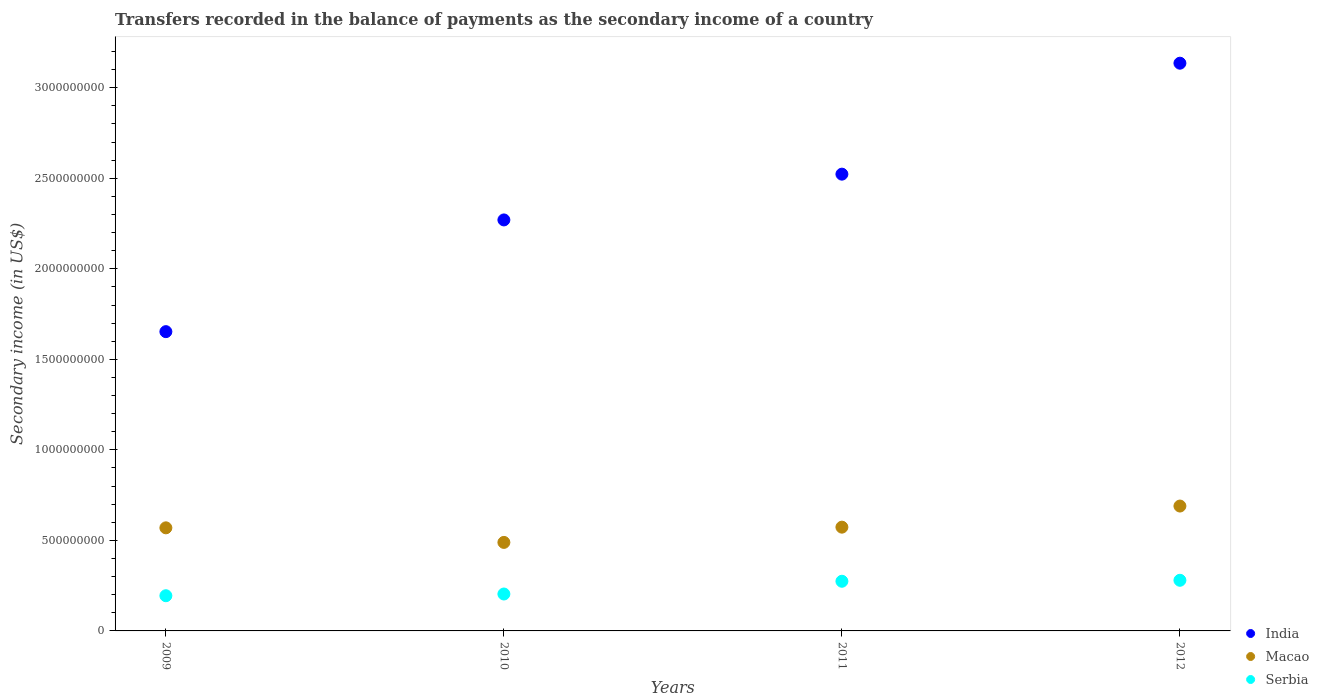
| Years | India | Macao | Serbia |
 | --- | --- | --- | --- |
 | 2009 | 1.65e+09 | 5.69e+08 | 1.94e+08 |
 | 2010 | 2.27e+09 | 4.89e+08 | 2.04e+08 |
 | 2011 | 2.52e+09 | 5.73e+08 | 2.74e+08 |
 | 2012 | 3.14e+09 | 6.9e+08 | 2.8e+08 |